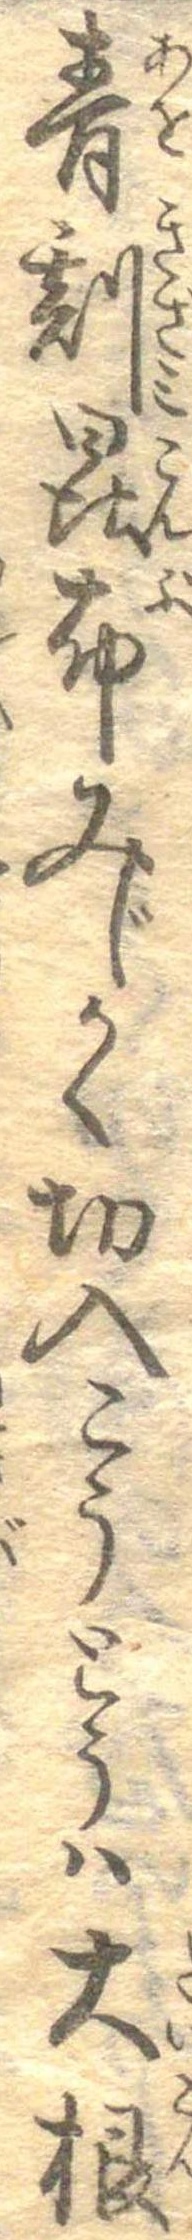
青刻昆布みじかく切入こうとうは大根